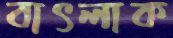
বাৎলাক